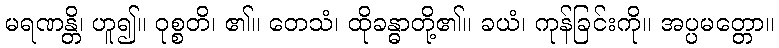
မရဏန္တိ၊ ဟူ၍။ ဝုစ္စတိ၊ ၏။ တေသံ၊ ထိုခန္ဓာတို့၏။ ခယံ၊ ကုန်ခြင်းကို။ အပ္ပမတ္တော။